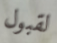
لقبول